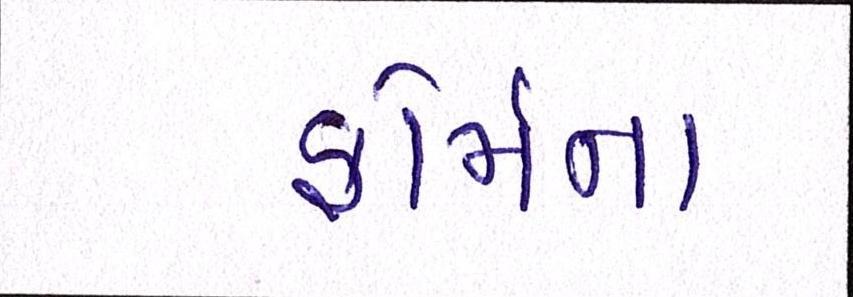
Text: ફોર્મના